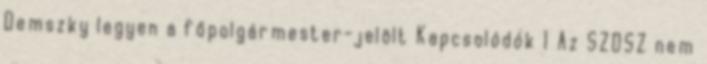
Demszky legyen a főpolgármester-jelölt Kapcsolódók 1 Az SZDSZ nem